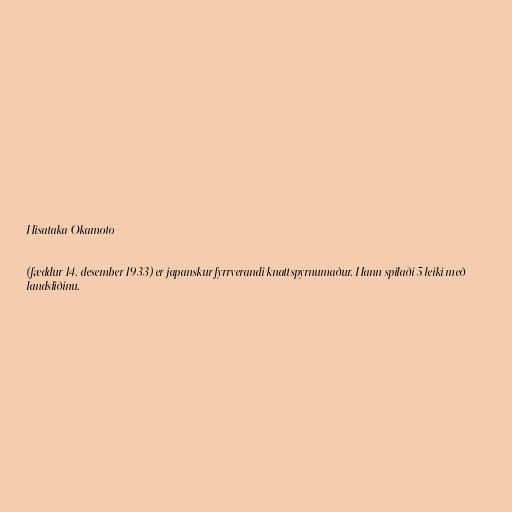
Hisataka Okamoto

(fæddur 14. desember 1933) er japanskur fyrrverandi knattspyrnumaður. Hann spilaði 5 leiki með
landsliðinu.